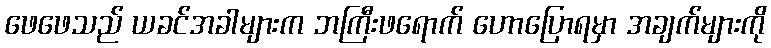
ဖေဖေသည် ယခင်အခါများက ဘကြီးဖရောက် ဟောပြောရမှာ အချက်များကို